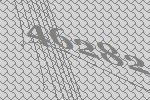
46282